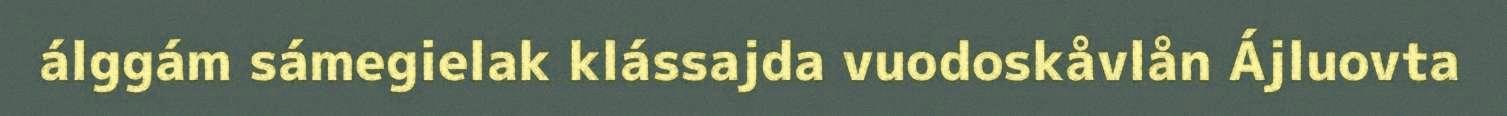
álggám sámegielak klássajda vuodoskåvlån Ájluovta